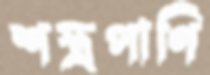
শস্ত্রপাণি